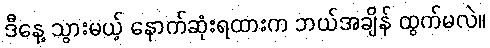
ဒီနေ့ သွားမယ့် နောက်ဆုံးရထားက ဘယ်အချိန် ထွက်မလဲ။